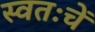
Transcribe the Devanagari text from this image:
स्वतःचें